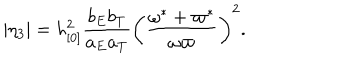
| \eta _ { 3 } | = h _ { [ 0 ] } ^ { 2 } \frac { b _ { E } b _ { T } } { a _ { E } a _ { T } } \left( \frac { \omega ^ { \ast } + \varpi ^ { \ast } } { \omega \varpi } \right) ^ { 2 } .